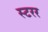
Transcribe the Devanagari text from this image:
स्टरर